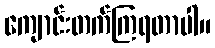
ကျောင်းတက်ကြရတာပါ။